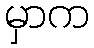
မှာက